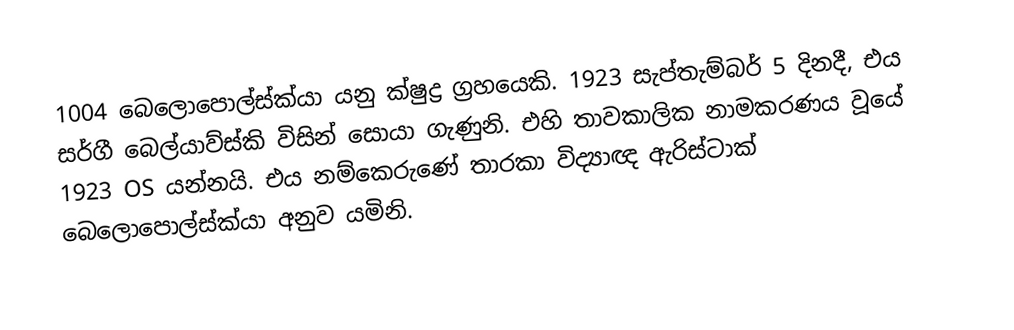
1004 බෙලොපොල්ස්ක්යා යනු  ක්ෂුද්‍ර ග්‍රහයෙකි. 1923 සැප්තැම්බර් 5 දිනදී, එය සර්ගී බෙල්යාව්ස්කි විසින් සොයා ගැණුනි. එහි තාවකාලික නාමකරණය වූයේ  1923 OS යන්නයි. එය නම්කෙරුණේ තාරකා විද්‍යාඥ ඇරිස්ටාක් බෙලොපොල්ස්ක්යා අනුව යමිනි.